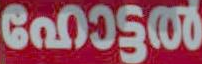
Ga03500